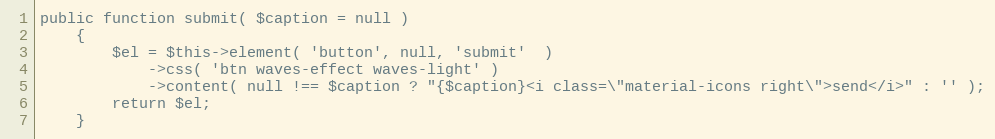
Language: PHP
public function submit( $caption = null )
    {
        $el = $this->element( 'button', null, 'submit'  )
            ->css( 'btn waves-effect waves-light' )
            ->content( null !== $caption ? "{$caption}<i class=\"material-icons right\">send</i>" : '' );
        return $el;
    }